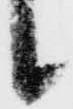
候